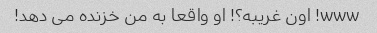
www! اون غریبه؟! او واقعا به من خزنده می دهد!